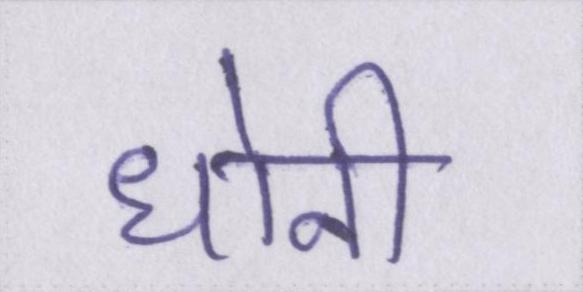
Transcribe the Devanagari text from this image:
धोनी